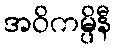
အဝိကမ္ပိနီ